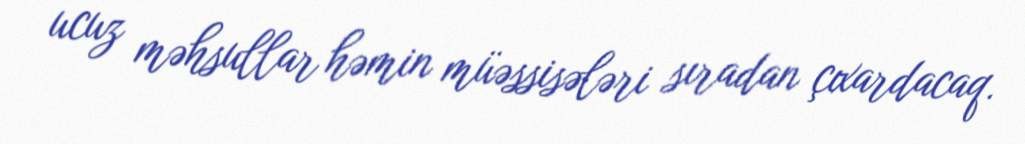
ucuz məhsullar həmin müəssisələri sıradan çıxardacaq.